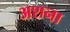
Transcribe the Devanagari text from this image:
अशना